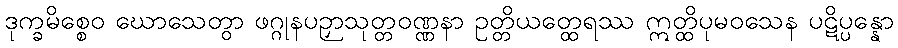
ဒုက္ခမိစ္စေဝ ဃောသေတွာ ဖဂ္ဂုနပဉှာသုတ္တဝဏ္ဏနာ ဥတ္တိယတ္ထေရဿ ဣတ္ထိပုမဝသေန ပဋိပ္ပန္နော